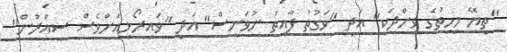
"ތިޔޭ މިހިތުގެ ވިންދަކީ" އަދި "ވަގުތު ފާއިތު ނުވަނީސް" އަދި "ވައިރޯޅިއަށްވެސް ސިއްރުން"